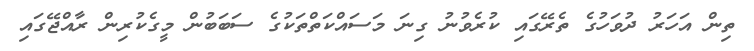
ތިން އަހަރު ދުވަހުގެ ތެރޭގައި ކުރެވުނު ގިނަ މަސައްކަތްތަކުގެ ސަބަބުން މީގެކުރިން ރާއްޖޭގައި